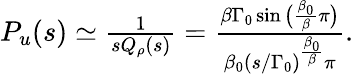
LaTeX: \begin{array}{r}{{P}_{u}(s)\simeq\frac{1}{sQ_{\rho}(s)}=\frac{\beta\Gamma_{0}\sin\big(\frac{\beta_{0}}{\beta}\pi\big)}{\beta_{0}(s/\Gamma_{0})^{\frac{\beta_{0}}{\beta}}\pi}.}\end{array}